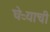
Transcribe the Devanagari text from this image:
घेऱ्याची